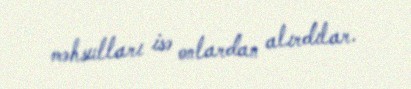
məhsulları isə onlardan alırdılar.